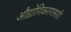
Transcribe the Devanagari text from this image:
औद्योगिकरणासाठी